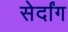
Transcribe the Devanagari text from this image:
सेर्दांग